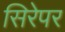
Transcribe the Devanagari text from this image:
सिरेपर